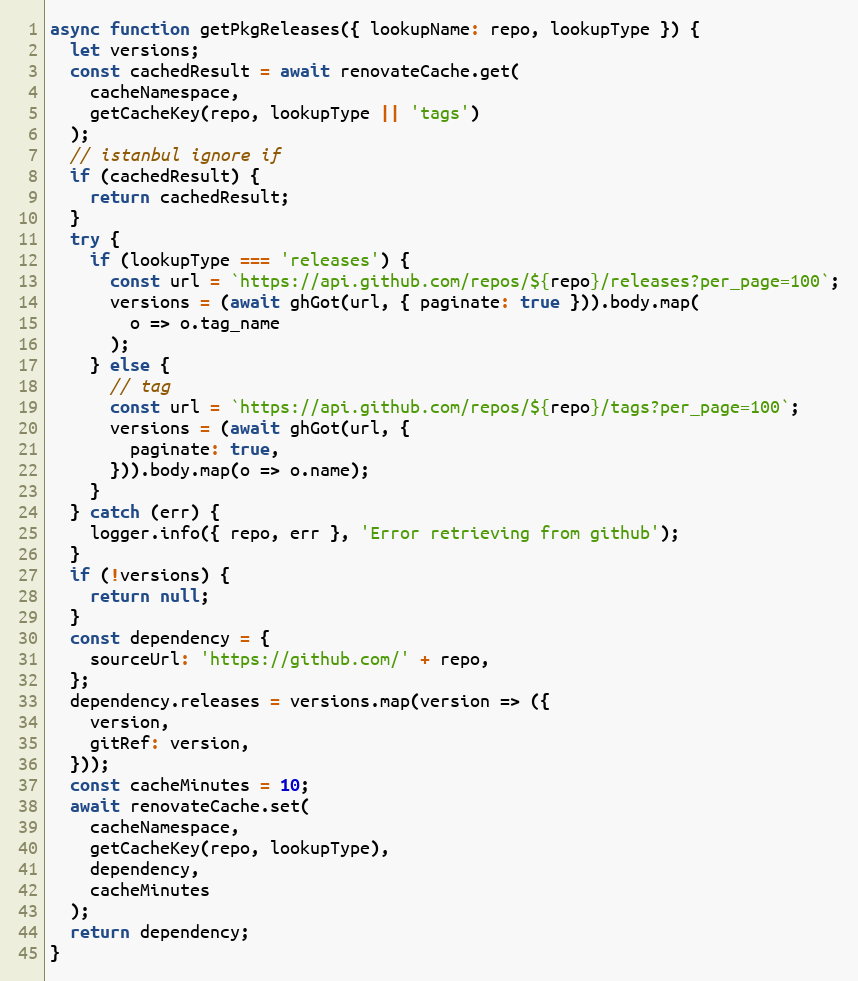
Language: JavaScript
async function getPkgReleases({ lookupName: repo, lookupType }) {
  let versions;
  const cachedResult = await renovateCache.get(
    cacheNamespace,
    getCacheKey(repo, lookupType || 'tags')
  );
  // istanbul ignore if
  if (cachedResult) {
    return cachedResult;
  }
  try {
    if (lookupType === 'releases') {
      const url = `https://api.github.com/repos/${repo}/releases?per_page=100`;
      versions = (await ghGot(url, { paginate: true })).body.map(
        o => o.tag_name
      );
    } else {
      // tag
      const url = `https://api.github.com/repos/${repo}/tags?per_page=100`;
      versions = (await ghGot(url, {
        paginate: true,
      })).body.map(o => o.name);
    }
  } catch (err) {
    logger.info({ repo, err }, 'Error retrieving from github');
  }
  if (!versions) {
    return null;
  }
  const dependency = {
    sourceUrl: 'https://github.com/' + repo,
  };
  dependency.releases = versions.map(version => ({
    version,
    gitRef: version,
  }));
  const cacheMinutes = 10;
  await renovateCache.set(
    cacheNamespace,
    getCacheKey(repo, lookupType),
    dependency,
    cacheMinutes
  );
  return dependency;
}